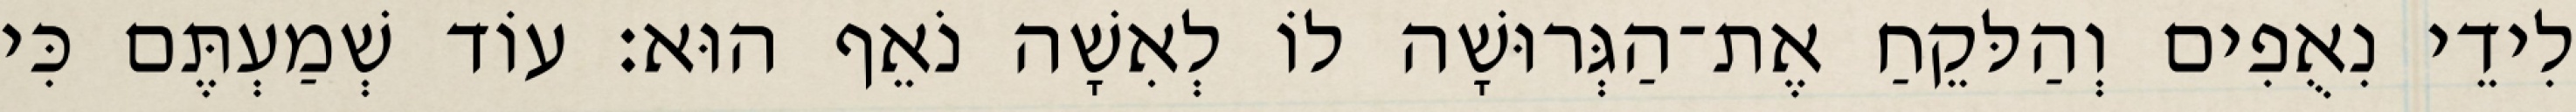
לִידֵי נִאֻפִים וְהַלּקֵחַ אֶת־הַגְּרוּשָׁה לוֹ לְאִשָׁה נֹאֵף הוּא׃ עוֹד שְׁמַעְתֶּם כִּי